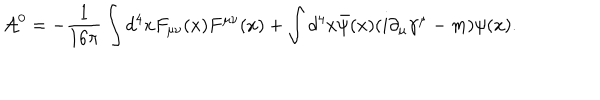
{ \cal A } ^ { 0 } = - \frac { 1 } { 1 6 \pi } \int d ^ { 4 } x F _ { \mu \nu } ( x ) F ^ { \mu \nu } ( x ) + \int d ^ { 4 } x { \bar { \psi } } ( x ) ( i \partial _ { \mu } \gamma ^ { \mu } - m ) \psi ( x ) .